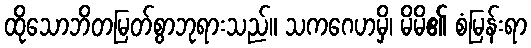
ထိုသောဘိတမြတ်စွာဘုရားသည်။ သကဂေဟမှိ၊ မိမိ၏ စံမြန်းရာ